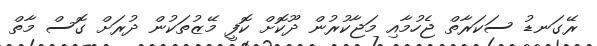
ރޭގަނޑު ސަކަރާތް ޖެހުމާއި މަޖާކުރުން ދޫކޮށް ކޮފީ މޭޒުތަކުން ދުރަށް ގޮސް މާތް